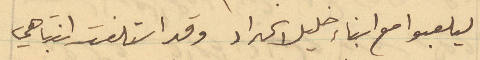
ليلعبوا مع ابناء خليل الحداد وقد استلفت انتباهي